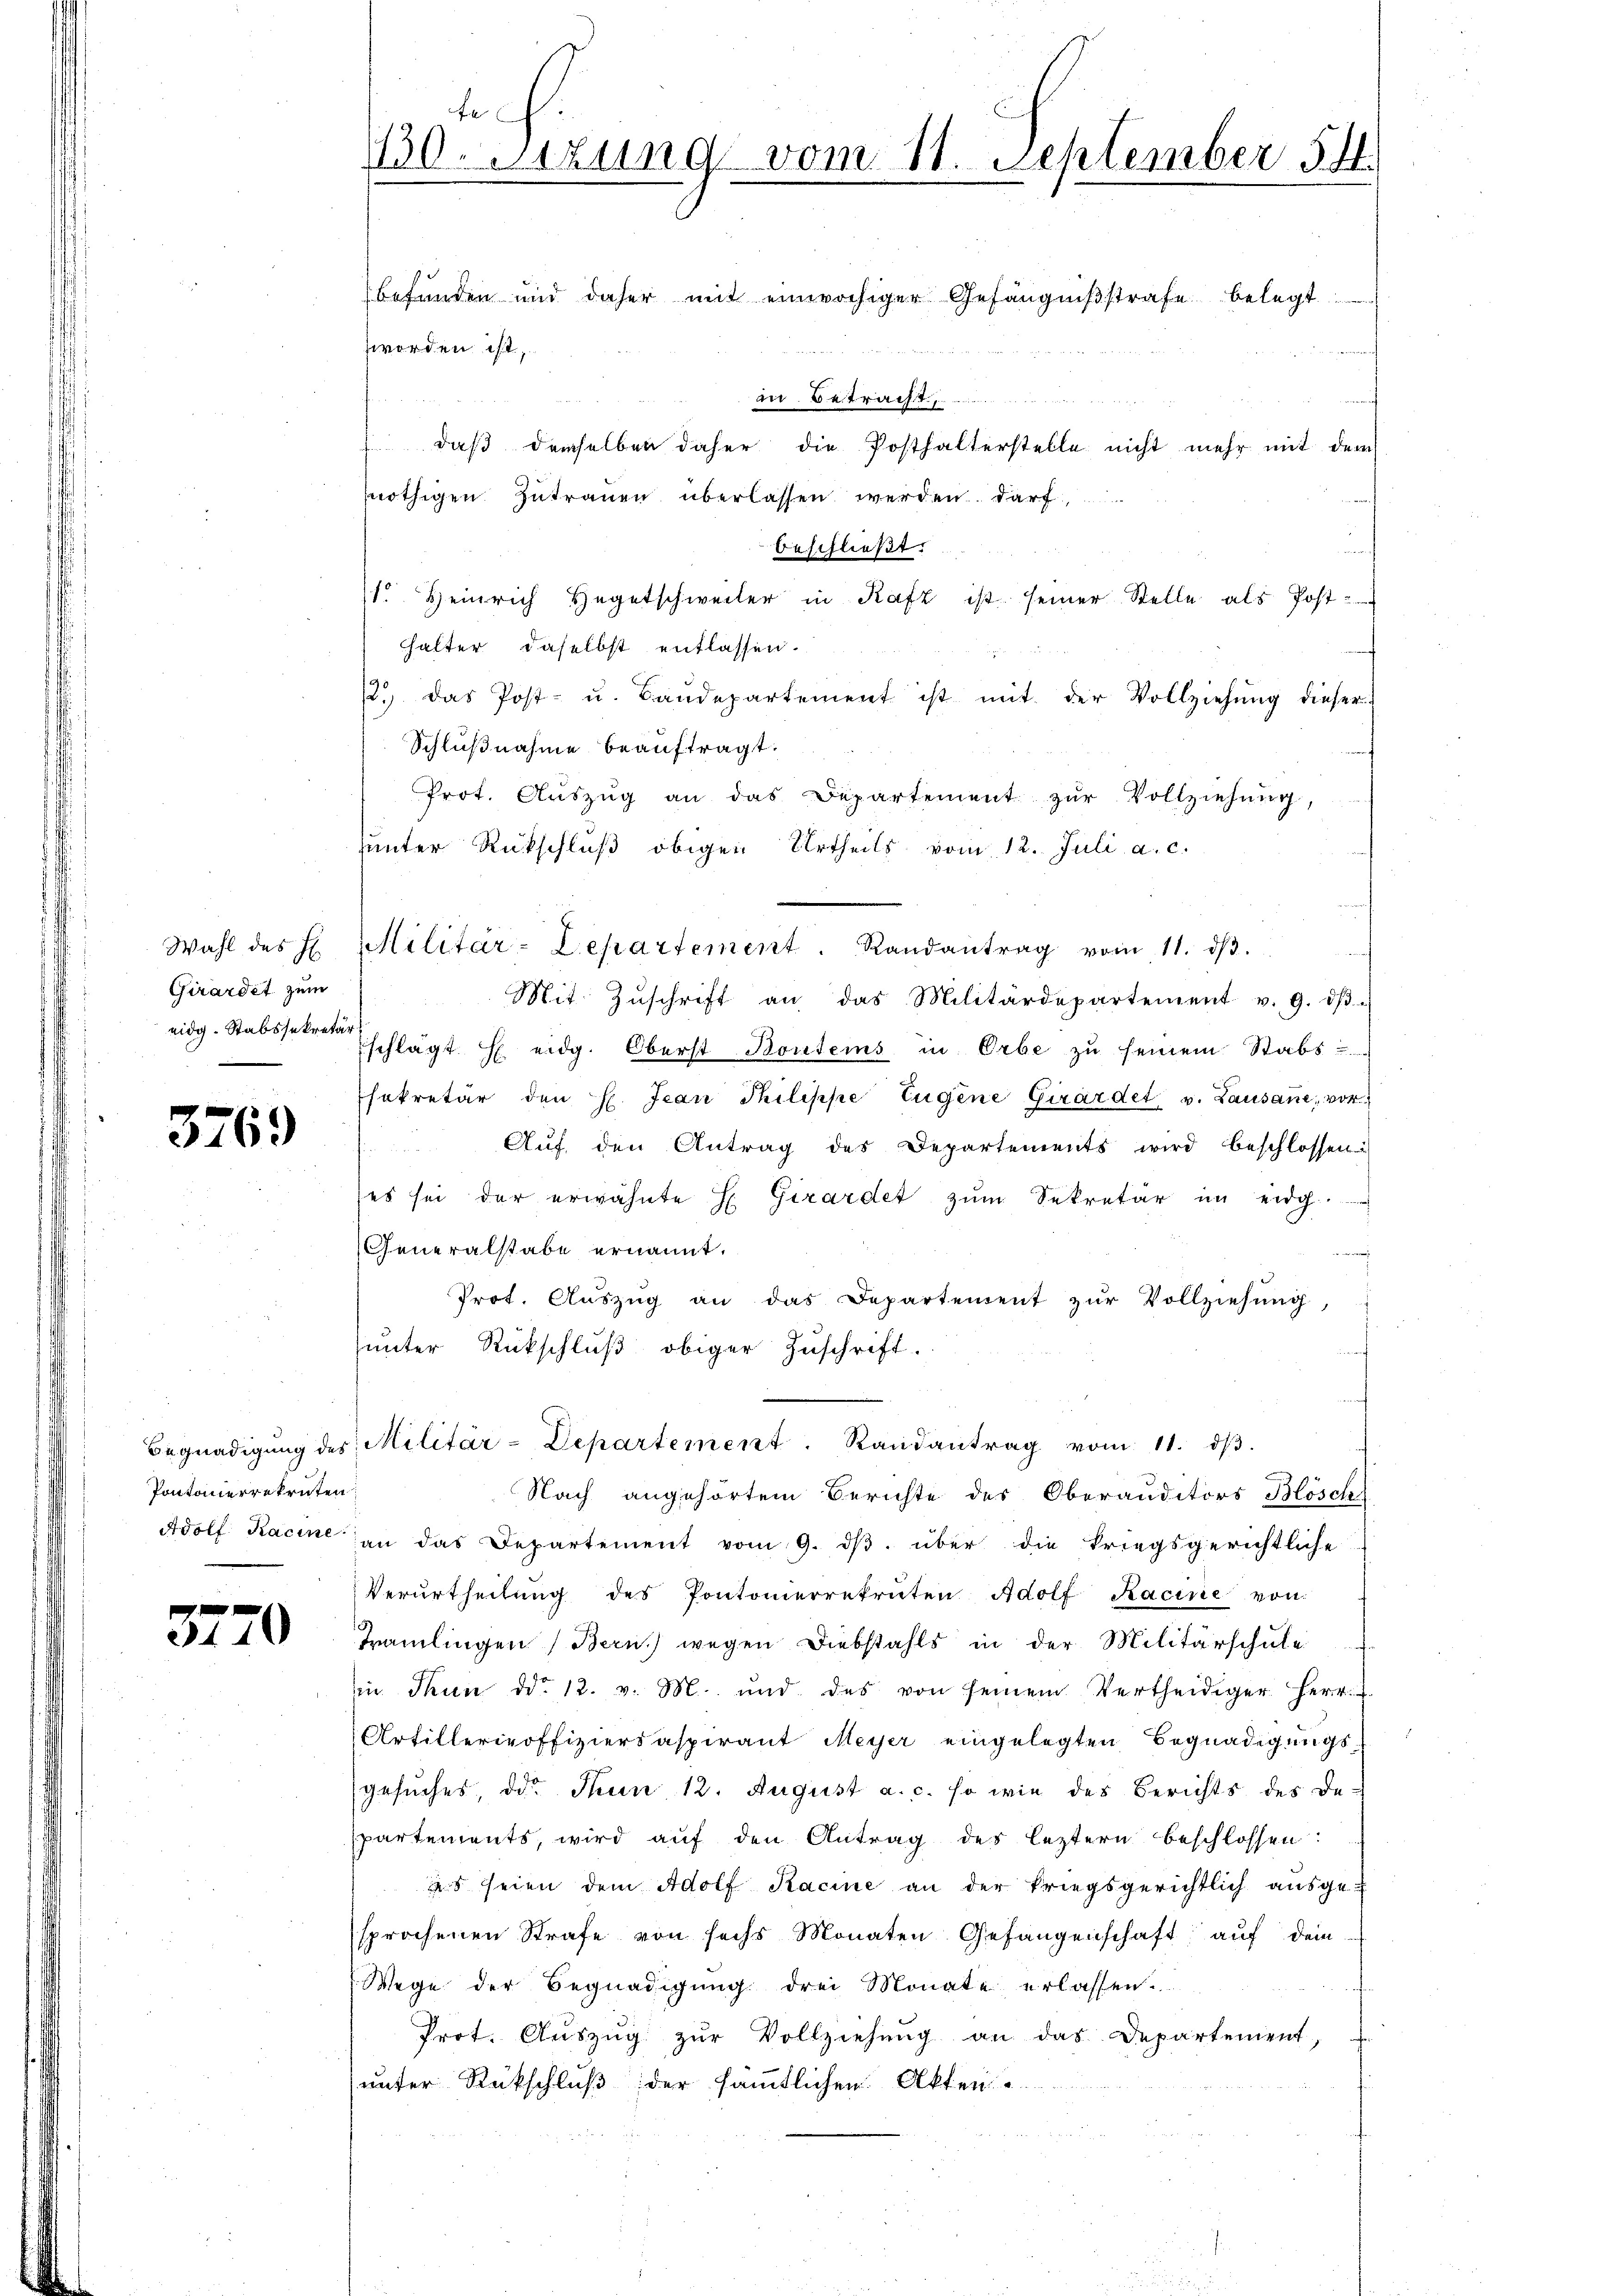
Wahl des H
Girardet zum
eidg. Stabssekretär

3769

Pontonenrekruten

3770

Fre
130. Sitzung vom 11. September 54

befunden und daher mit einwochiger Gefängnißstrafe belegt
worden ist,
an betracht
daβ derselben daher die Posthalterstelle nicht mehr mit dem
nnöthigen Zutrauen überlassen werden darf
beschließt:
1. Heinrich Hegetschweiler in Rafz ist seiner Stelle als Post
halter daselbst entlassen.
2.) Das Post- u. Baŭdepartement ist mit der Vollziehung dieser
Schlußnahme beauftragt.
Prot. Auszug an das Departement zŭr Vollziehung,
sunter Rückschluß obigen Urtheils vom 12. Juli a. c.
Militär-Departement. Randantrag vom 11. dβ.
Mit Zŭschrift an das Militärdepartement v. 9. dβ.
schlägt H eidg. Oberst Bontems in Erbe zu seinem Stabs
sekretär den H. Jean Philippe Tugene Girardet v. Lausanne, vor
Aŭf den Antrag des Departements wird beschlossen:
(es sei der erwähnte H. Girardet zum Sekretär im eidg.
Generalstabe ernannt.
Prot. Aŭszŭg an das Departement zŭr Vollziehŭng,
unter Rückschluß obiger Zuschrift.
Begnadigŭng des Militär-Departement. Randantrag vom 11. dβ.
Nach angehörtem Berichte des Oberauditors Blösche
Adolf Kacine an das Departement vom 9. dβ über die kriegsgerichtliche
Verurtheilŭng des Pontomerrekruten Adolf Kacire von
Tramlingen (Bern) wegen Diebstahls in der Militärschule
in Thun dd. 12. v. M. und des von seinem Vertheidiger Herr
Artillerinoffiziersaspirant Meyer eingelegten Begnadigungsgesŭches, od. Thun 12. August a. c. so wie des Berichts des De-
spartements, wird auf den Antrag des leztern beschlossen:
s seien dem Adolf Kacine an der kriegsgerichtlich ausgesprochenen Strafe von sechs Monaten Gefangenschaft auf dem
Wege der Begnadigung drei Monate erlassen.
Prot. Auszug zŭr Vollziehung an das Departement,
unter Rückschluß der sämmtlichen Akten